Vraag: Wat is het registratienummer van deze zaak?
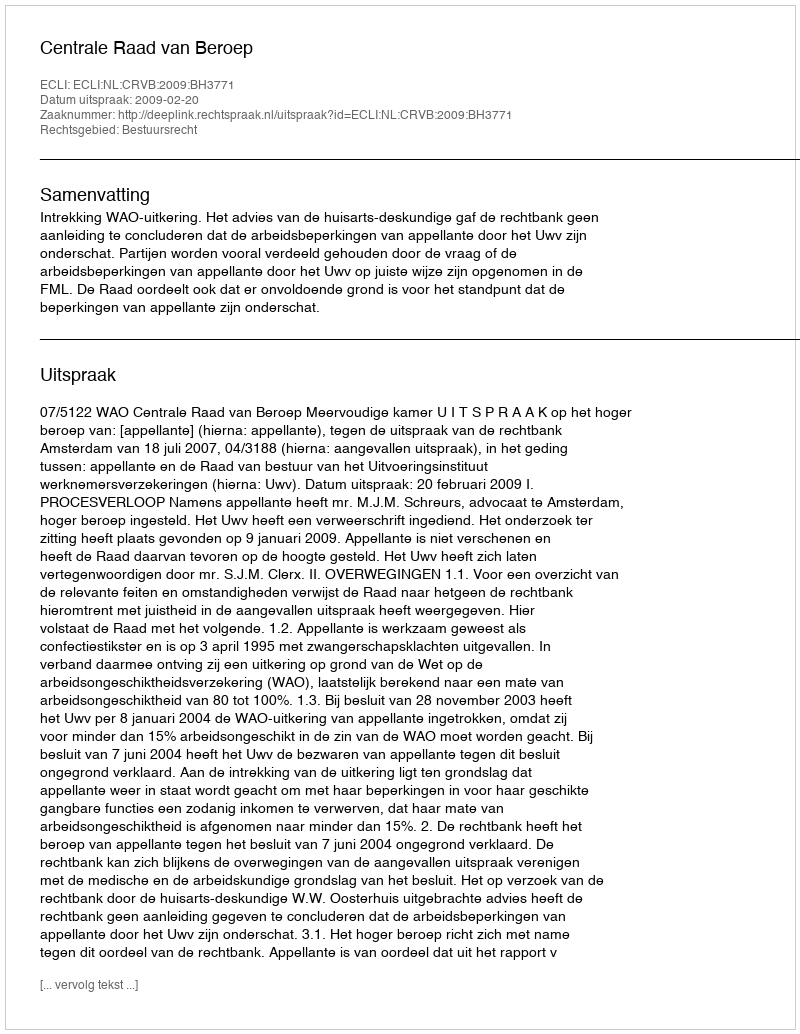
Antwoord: http://deeplink.rechtspraak.nl/uitspraak?id=ECLI:NL:CRVB:2009:BH3771